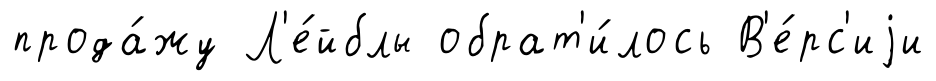
прода́жу Л'е́йблы обрат'и́лось В'е́рс'иjи